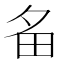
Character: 𤰧